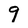
Character: 9